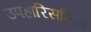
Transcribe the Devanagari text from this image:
उपहारिसलिये